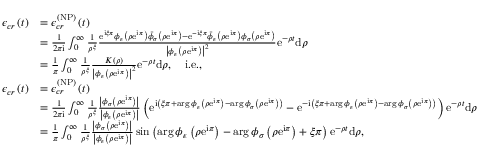
\begin{array} { r l } { \mathcal { \epsilon } _ { c r } \left( t \right) } & { = \mathcal { \epsilon } _ { c r } ^ { \left( \mathrm { N P } \right) } \left( t \right) } \\ & { = \frac { 1 } { 2 \pi \mathrm { i } } \int _ { 0 } ^ { \infty } \frac { 1 } { \rho ^ { \xi } } \frac { \mathrm { e } ^ { \mathrm { i } \xi \pi } \phi _ { \varepsilon } \left( \rho \mathrm { e } ^ { \mathrm { i } \pi } \right) \bar { \phi } _ { \sigma } \left( \rho \mathrm { e } ^ { \mathrm { i } \pi } \right) - \mathrm { e } ^ { - \mathrm { i } \xi \pi } \bar { \phi } _ { \varepsilon } \left( \rho \mathrm { e } ^ { \mathrm { i } \pi } \right) \phi _ { \sigma } \left( \rho \mathrm { e } ^ { \mathrm { i } \pi } \right) } { \left\vert \phi _ { \varepsilon } \left( \rho \mathrm { e } ^ { \mathrm { i } \pi } \right) \right\vert ^ { 2 } } \mathrm { e } ^ { - \rho t } \mathrm { d } \rho } \\ & { = \frac { 1 } { \pi } \int _ { 0 } ^ { \infty } \frac { 1 } { \rho ^ { \xi } } \frac { K \left( \rho \right) } { \left\vert \phi _ { \varepsilon } \left( \rho \mathrm { e } ^ { \mathrm { i } \pi } \right) \right\vert ^ { 2 } } \mathrm { e } ^ { - \rho t } \mathrm { d } \rho , \quad \mathrm { i . e . , } } \\ { \mathcal { \epsilon } _ { c r } \left( t \right) } & { = \mathcal { \epsilon } _ { c r } ^ { \left( \mathrm { N P } \right) } \left( t \right) } \\ & { = \frac { 1 } { 2 \pi \mathrm { i } } \int _ { 0 } ^ { \infty } \frac { 1 } { \rho ^ { \xi } } \frac { \left\vert \phi _ { \sigma } \left( \rho \mathrm { e } ^ { \mathrm { i } \pi } \right) \right\vert } { \left\vert \phi _ { \varepsilon } \left( \rho \mathrm { e } ^ { \mathrm { i } \pi } \right) \right\vert } \left( \mathrm { e } ^ { \mathrm { i } \left( \xi \pi + \arg \phi _ { \varepsilon } \left( \rho \mathrm { e } ^ { \mathrm { i } \pi } \right) - \arg \phi _ { \sigma } \left( \rho \mathrm { e } ^ { \mathrm { i } \pi } \right) \right) } - \mathrm { e } ^ { - \mathrm { i } \left( \xi \pi + \arg \phi _ { \varepsilon } \left( \rho \mathrm { e } ^ { \mathrm { i } \pi } \right) - \arg \phi _ { \sigma } \left( \rho \mathrm { e } ^ { \mathrm { i } \pi } \right) \right) } \right) \mathrm { e } ^ { - \rho t } \mathrm { d } \rho } \\ & { = \frac { 1 } { \pi } \int _ { 0 } ^ { \infty } \frac { 1 } { \rho ^ { \xi } } \frac { \left\vert \phi _ { \sigma } \left( \rho \mathrm { e } ^ { \mathrm { i } \pi } \right) \right\vert } { \left\vert \phi _ { \varepsilon } \left( \rho \mathrm { e } ^ { \mathrm { i } \pi } \right) \right\vert } \sin \left( \arg \phi _ { \varepsilon } \left( \rho \mathrm { e } ^ { \mathrm { i } \pi } \right) - \arg \phi _ { \sigma } \left( \rho \mathrm { e } ^ { \mathrm { i } \pi } \right) + \xi \pi \right) \mathrm { e } ^ { - \rho t } \mathrm { d } \rho , } \end{array}